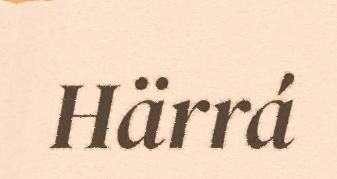
Härrá